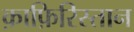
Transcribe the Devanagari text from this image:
क़ाफ़िरिस्तान